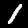
Label: 1